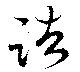
諸